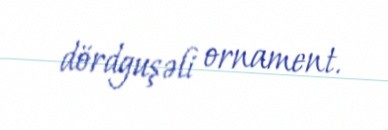
dördguşəli ornament.